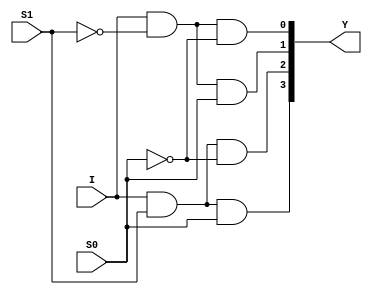
//Dataflow Modelling for 1:4 DeMux

module deMux_1_to_4_df(I, S1, S0, Y);
input I; input S1, S0;
output [3:0]Y;
assign Y[0] = I&~S1&~S0;
assign Y[1] = I&~S1&S0;
assign Y[2] = I&S1&~S0;
assign Y[3] = I&S1&S0;
endmodule